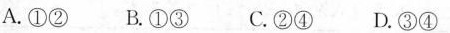
A.①② B.①③ C.②④ D.③④